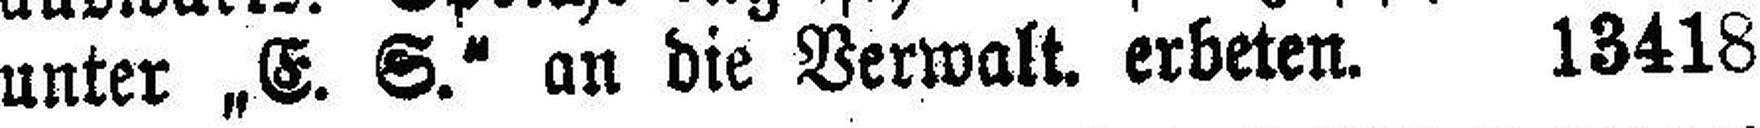
unter „E. S.“ an die Verwalt, erbeten. 13418